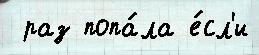
 раз попа́ла е́сл'и